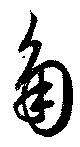
角